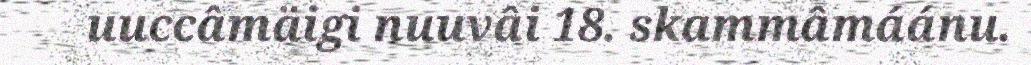
uuccâmäigi nuuvâi 18. skammâmáánu.